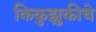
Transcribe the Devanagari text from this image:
किकुझुकीचे